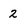
Character: 2